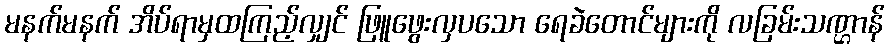
မနက်မနက် အိပ်ရာမှထကြည့်လျှင် ဖြူဖွေးလှပသော ရေခဲတောင်များကို လခြမ်းသဏ္ဌာန်